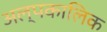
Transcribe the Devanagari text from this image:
अल्‍पकालिक